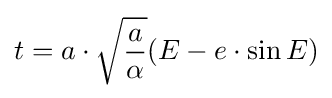
t=a\cdot {\sqrt {\frac {a}{\alpha }}}(E-e\cdot \sin E)